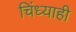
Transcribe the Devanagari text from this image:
चिंध्याही